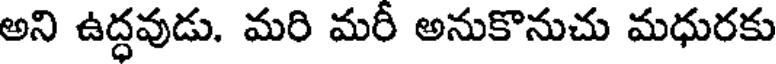
అని ఉద్ధవుడు. మరి మరీ అనుకొనుచు మధురకు